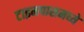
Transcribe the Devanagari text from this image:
टाइमपासमध्ये